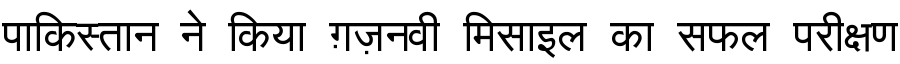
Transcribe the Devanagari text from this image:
पाकिस्तान ने किया ग़ज़नवी मिसाइल का सफल परीक्षण